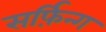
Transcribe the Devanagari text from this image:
सर्फ़िन्ग